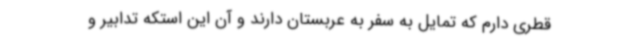
قطری دارم که تمایل به سفر به عربستان دارند و آن این استکه تدابیر و